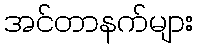
အင်တာနက်များ